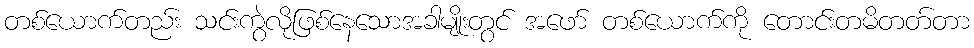
တစ်ယောက်တည်း သင်းကွဲလိုဖြစ်နေသောအခါမျိုးတွင် အဖော် တစ်ယောက်ကို တောင်းတမိတတ်တာ